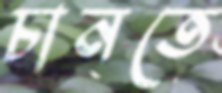
চানতে